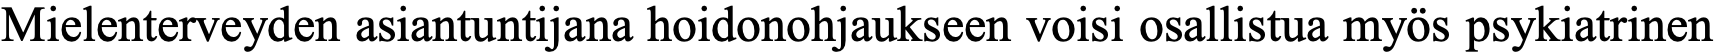
Mielenterveyden asiantuntijana hoidonohjaukseen voisi osallistua myös psykiatrinen